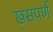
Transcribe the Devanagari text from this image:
खसपर्ण